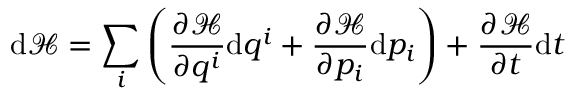
\mathrm { d } { \mathcal { H } } = \sum _ { i } \left( { \frac { \partial { \mathcal { H } } } { \partial q ^ { i } } } \mathrm { d } q ^ { i } + { \frac { \partial { \mathcal { H } } } { \partial p _ { i } } } \mathrm { d } p _ { i } \right) + { \frac { \partial { \mathcal { H } } } { \partial t } } \mathrm { d } t